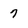
Character: 7